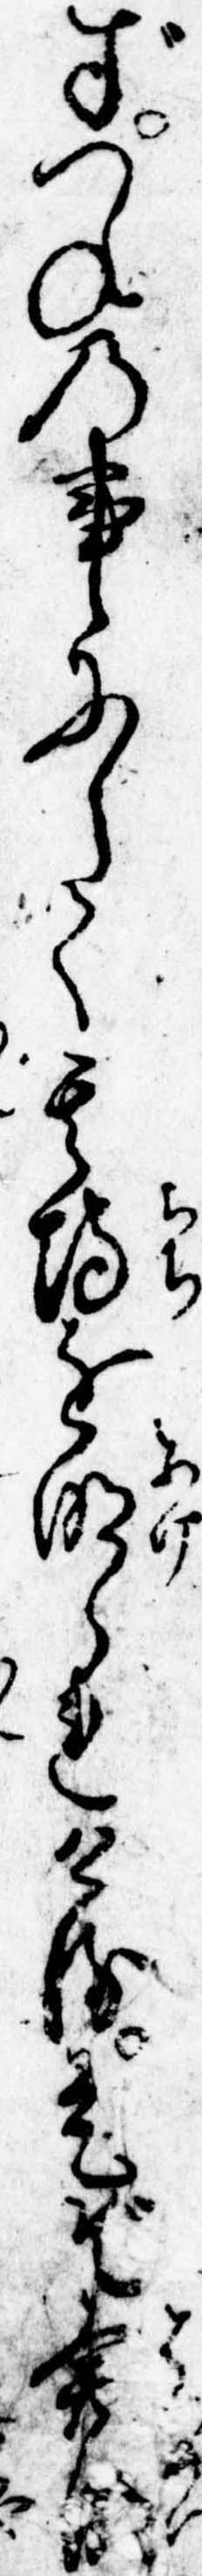
ずつねの事にして其埒を明られける是ぞ発明